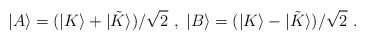
\begin{align*}|A\rangle = (|K\rangle + |{\tilde K}\rangle )/\sqrt{2}\ , \ |B\rangle = (|K\rangle - |{\tilde K}\rangle )/\sqrt{2}\ .\end{align*}